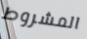
المشروط